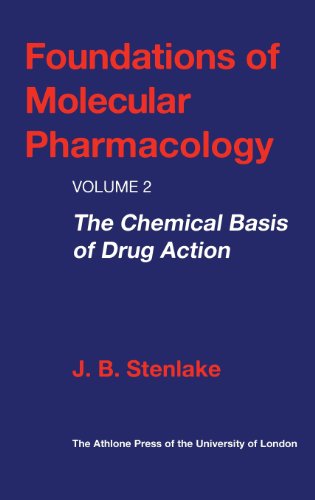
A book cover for Foundations of Molecular Pharmacology: Volume 2 The Chemical Basis of Drug Action; J. B. Stenlake; Medical Books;